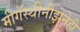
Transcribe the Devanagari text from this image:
मीगॅस्थीनीझनेही